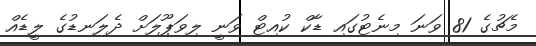
މެޗުގެ 81 ވަނަ މިނެޓުގައި ޑާކް ކުއިޓް ވަނީ ލިވަޕޫލަށް ދެލަނޑުގެ ލީޑެއް